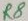
Text: R8